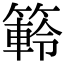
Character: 䉖